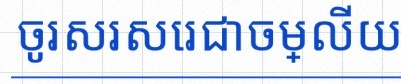
ចូរសរសេរជាចម្លើយ